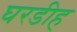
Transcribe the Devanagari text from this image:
घरडीह